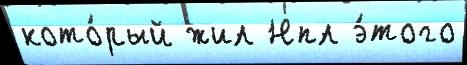
кото́рый жил Нпл э́того